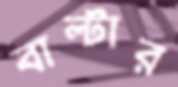
বাল্টার